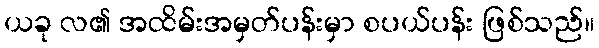
ယခု လ၏ အထိမ်းအမှတ်ပန်းမှာ စပယ်ပန်း ဖြစ်သည်။